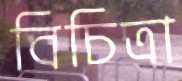
বিচিত্রা